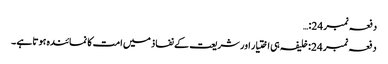
دفعہ نمبر 24:…
دفعہ نمبر 24: خلیفہ ہی اختیار اور شریعت کے نفاذ میں امت کا نمائندہ ہوتا ہے ۔